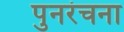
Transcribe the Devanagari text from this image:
पुनरंचना